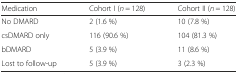
<table><thead><tr><td><b>Medication</b></td><td><b>Cohort I (<i>n</i> = 128)</b></td><td><b>Cohort II (<i>n</i> = 128)</b></td></tr></thead><tbody><tr><td>No DMARD</td><td>2 (1.6 %)</td><td>10 (7.8 %)</td></tr><tr><td>csDMARD only</td><td>116 (90.6 %)</td><td>104 (81.3 %)</td></tr><tr><td>bDMARD</td><td>5 (3.9 %)</td><td>11 (8.6 %)</td></tr><tr><td>Lost to follow-up</td><td>5 (3.9 %)</td><td>3 (2.3 %)</td></tr></tbody></table>